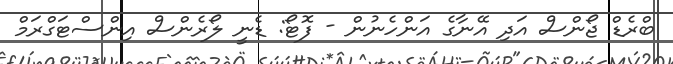
ބްރެޑް ޖޯންސް އަދި އޭނާގެ އަންހެނުން - ފޮޓޯ: ޑެނީ ލޯރެންސް އިންސްޓަގްރަމް